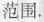
范围.